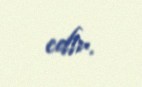
edir.